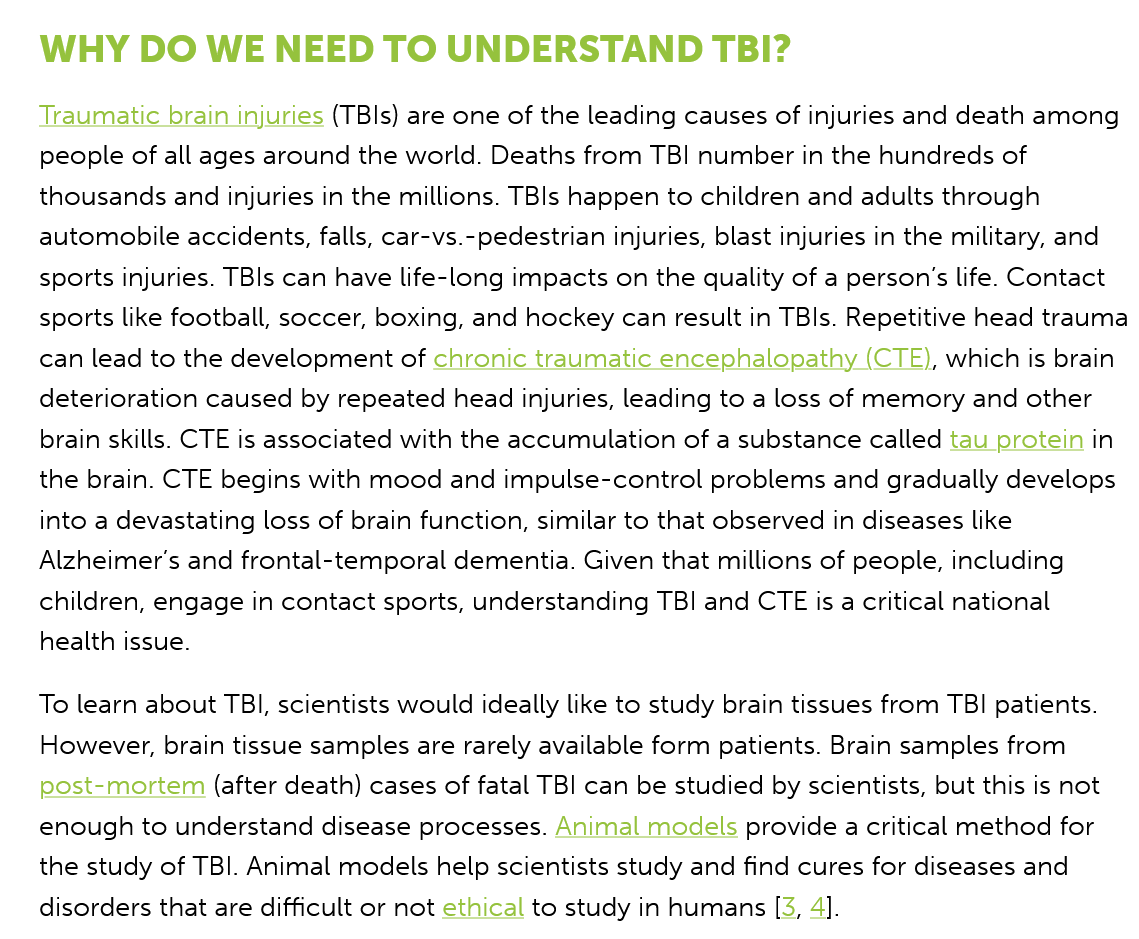
WHY    DO   WE   NEED    TO   UNDERSTAND    TBI?
    Traumatic brain injuries (TBls) are one of the leading causes of injuries and death among
    people of all ages around the world. Deaths from TBI number in the hundreds of
    thousands and injuries in the millions. TBls happen to children and adults through
    automobile accidents, falls, car-vs.-pedestrian injuries, blast injuries in the military, and
    sports injuries. TBls can have life-long impacts on the quality of a person's life. Contact
    sports like football, soccer, boxing, and hockey can result in TBls. Repetitive head trauma
    can lead to the development of chronic traumatic encephalopathy  (CTE), which is brain
    deterioration caused by repeated head injuries, leading to a loss of memory and other
    brain skills. CTE is associated with the accumulation of a substance called tau protein in
    the brain. CTE begins with mood and impulse-control problems  and gradually develops
    into a devastating loss of brain function, similar to that observed in diseases like
    Alzheimer’s and frontal-temporal dementia. Given that millions of people, including
    children, engage in contact sports, understanding TBI and CTE is a critical national
    health issue.
    To learn about TBI, scientists would ideally like to study brain tissues from TBI patients.
    However, brain tissue samples are rarely available form patients. Brain samples from
    post-mortem  (after death) cases of fatal TBI can be studied by scientists, but this is not
    enough to understand  disease processes. Animal models provide a critical method for
    the study of TBI. Animal models help scientists study and find cures for diseases and
    disorders that are difficult or not ethical to study in humans [3, 4].